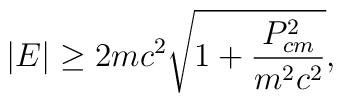
|E| \ge 2mc^2 \sqrt{1+ \frac{P_{cm}^2}{m^2c^2}},